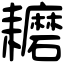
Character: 耱